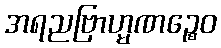
အရညဗြာဟ္မဏဉ္စေဝ